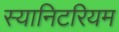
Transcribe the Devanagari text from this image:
स्यानिटरियम